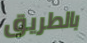
بالطريق